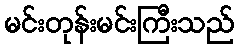
မင်းတုန်းမင်းကြီးသည်